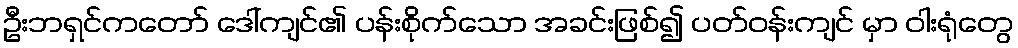
ဦးဘရှင်ကတော် ဒေါ်ကျင်၏ ပန်းစိုက်သော အခင်းဖြစ်၍ ပတ်ဝန်းကျင် မှာ ဝါးရုံတွေ